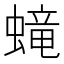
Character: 𧏵